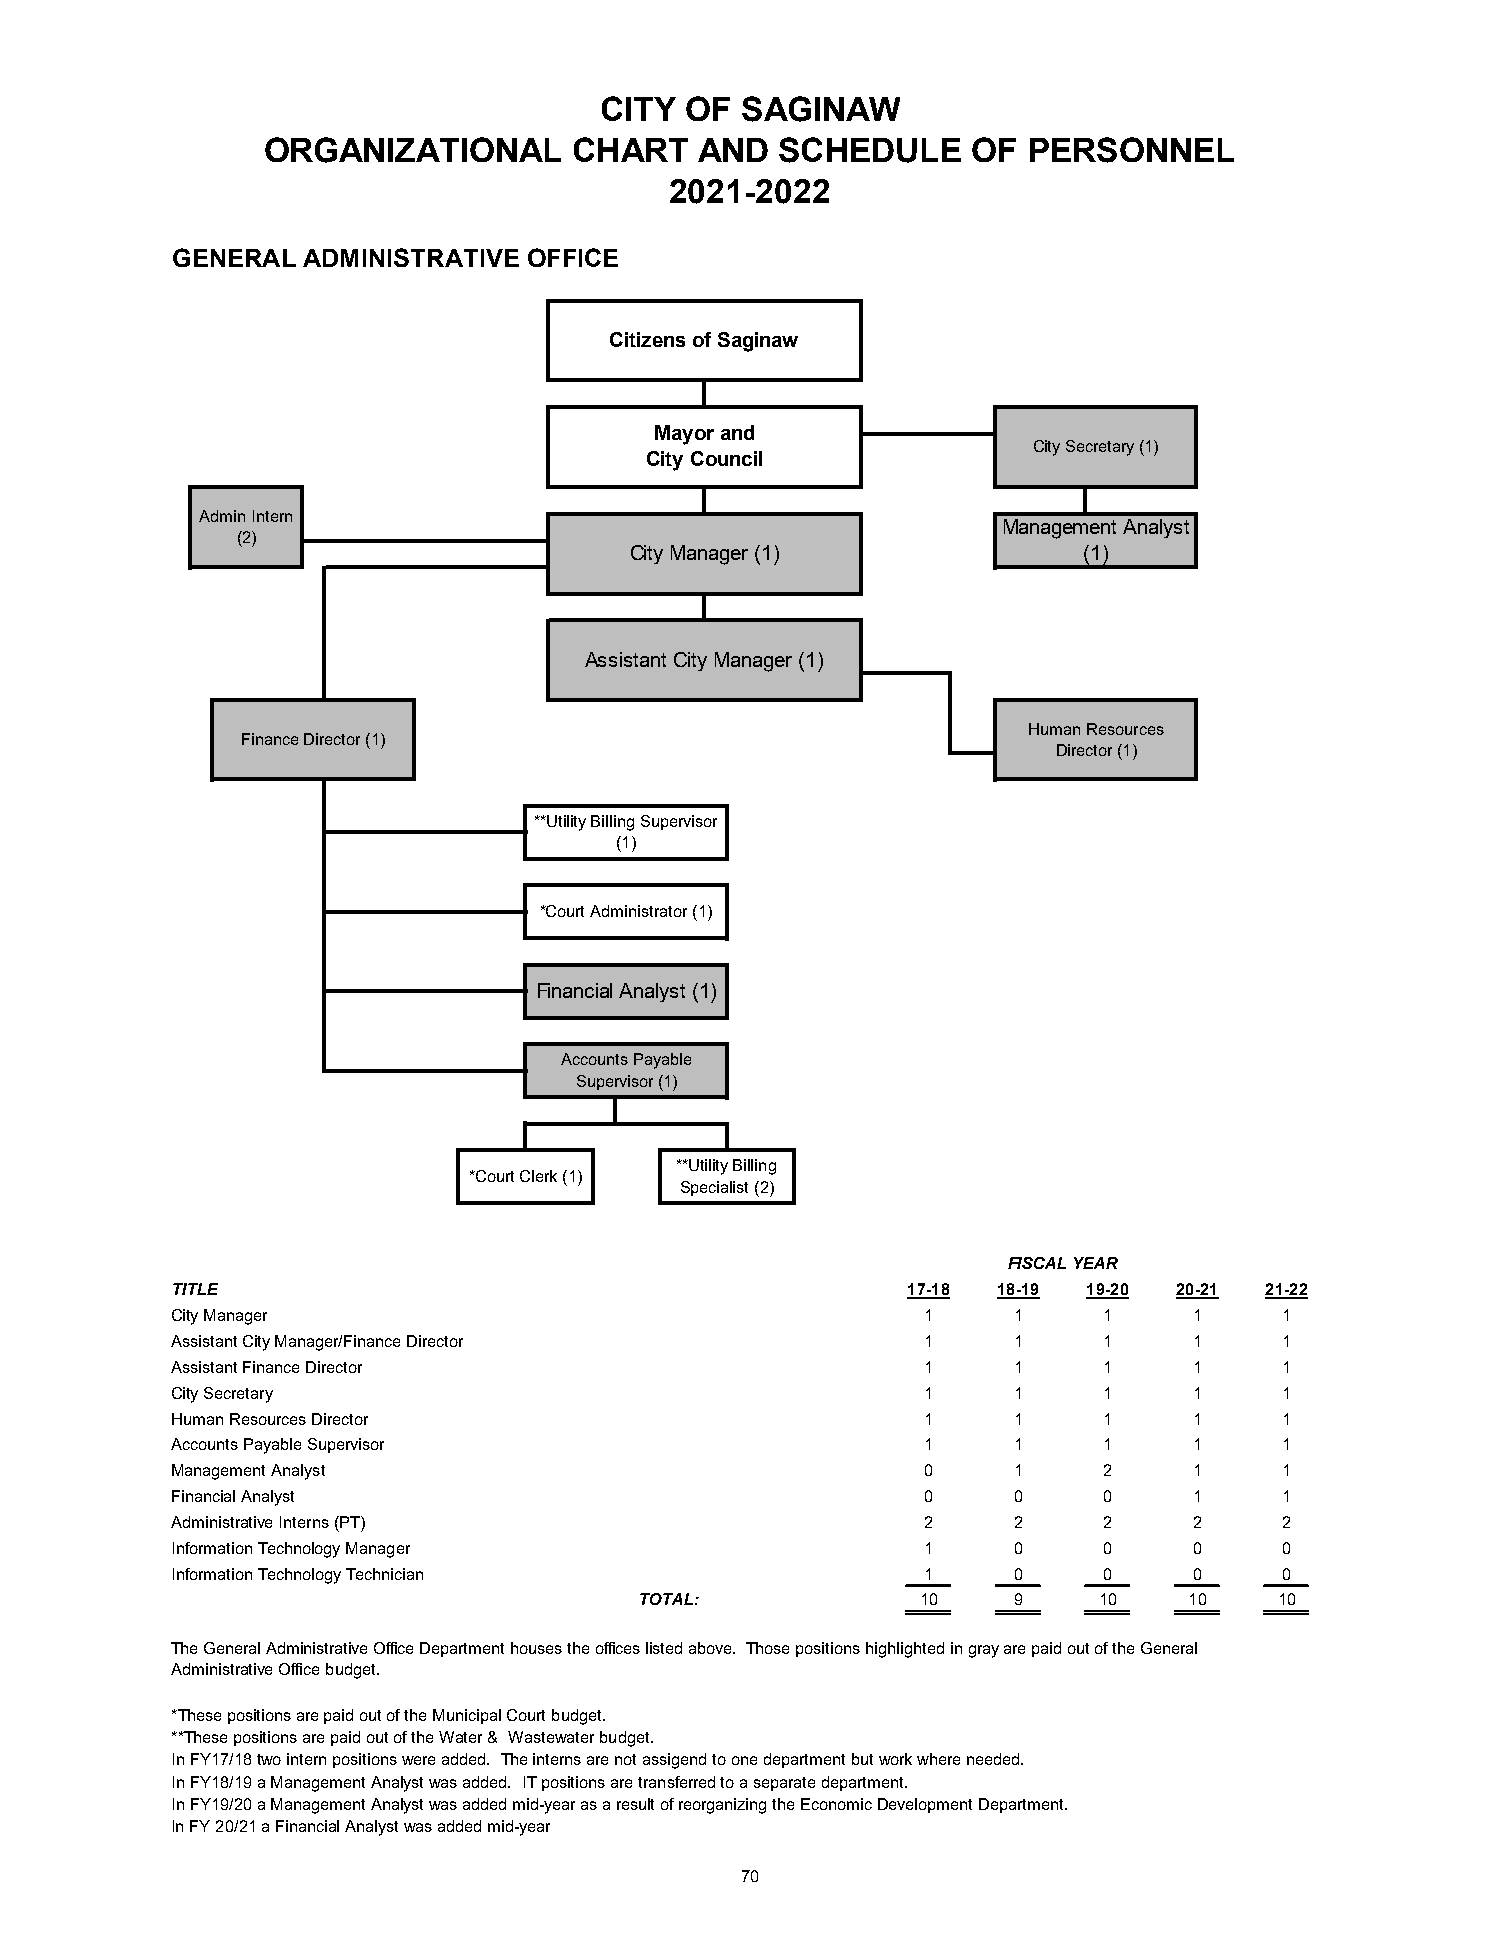
CITY OF  SAGINAW
 ORGANIZATIONAL       CHART   AND   SCHEDULE    OF  PERSONNEL
 2021-2022
 GENERAL  ADMINISTRATIVE OFFICE
 Citizens of Saginaw
 Mayor and
 City Secretary (1)
 City Council
 Admin Intern
 Management Analyst
 (2)
 City Manager (1)              (1)
 Assistant City Manager (1)
 Human Resources
 Finance Director (1)
 Director (1)
 **Utility Billing Supervisor
 (1)
 *Court Administrator (1)
 Financial Analyst (1)
 Accounts Payable
 Supervisor (1)
 **Utility Billing
 *Court Clerk (1)
 Specialist (2)
 FISCAL YEAR
 TITLE                                            17-18 18-19 19-20 20-21 21-22
 City Manager                                      1     1     1     1     1
 Assistant City Manager/Finance Director           1     1     1     1     1
 Assistant Finance Director                        1     1     1     1     1
 City Secretary                                    1     1     1     1     1
 Human Resources Director                          1     1     1     1     1
 Accounts Payable Supervisor                       1     1     1     1     1
 Management Analyst                                0     1     2     1     1
 Financial Analyst                                 0     0     0     1     1
 Administrative Interns (PT)                       2     2     2     2     2
 Information Technology Manager                    1     0     0     0     0
 Information Technology Technician                 1     0     0     0     0
 TOTAL:             10    9     10    10    10
 The General Administrative Office Department houses the offices listed above. Those positions highlighted in gray are paid out of the General
 Administrative Office budget.
 *These positions are paid out of the Municipal Court budget.
 **These positions are paid out of the Water & Wastewater budget.
 In FY17/18 two intern positions were added. The interns are not assigend to one department but work where needed.
 In FY18/19 a Management Analyst was added. IT positions are transferred to a separate department.
 In FY19/20 a Management Analyst was added mid-year as a result of reorganizing the Economic Development Department.
 In FY 20/21 a Financial Analyst was added mid-year
 70